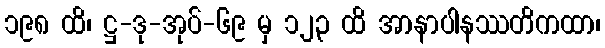
၁၉၈ ထိ၊ ဋ္ဌ-ဒု-အုပ်-၆၉ မှ ၁၂၃ ထိ အာနာပါနဿတိကထာ၊